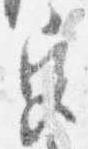
宮